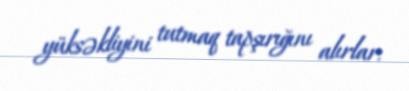
yüksəkliyini tutmaq tapşırığını alırlar.